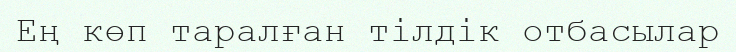
Ең көп таралған тілдік отбасылар